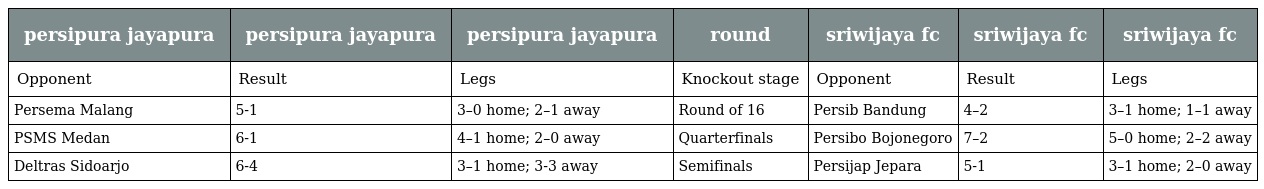
| persipura jayapura | persipura jayapura | persipura jayapura | round | sriwijaya fc | sriwijaya fc | sriwijaya fc |
 | --- | --- | --- | --- | --- | --- | --- |
 | Opponent | Result | Legs | Knockout stage | Opponent | Result | Legs |
 | Persema Malang | 5-1 | 3–0 home; 2–1 away | Round of 16 | Persib Bandung | 4–2 | 3–1 home; 1–1 away |
 | PSMS Medan | 6-1 | 4–1 home; 2–0 away | Quarterfinals | Persibo Bojonegoro | 7–2 | 5–0 home; 2–2 away |
 | Deltras Sidoarjo | 6-4 | 3–1 home; 3-3 away | Semifinals | Persijap Jepara | 5-1 | 3–1 home; 2–0 away |